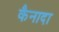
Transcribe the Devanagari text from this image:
कैनादा